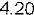
4.20